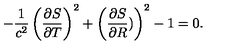
- \frac { 1 } { c ^ { 2 } } \left( \frac { \partial S } { \partial T } \right) ^ { 2 } + \left( \frac { \partial S } { \partial R } ) \right) ^ { 2 } - 1 = 0 .